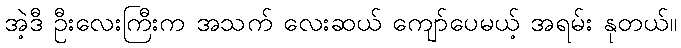
အဲ့ဒီ ဦးလေးကြီးက အသက် လေးဆယ် ကျော်ပေမယ့် အရမ်း နုတယ်။